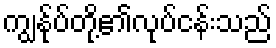
ကျွန်ုပ်တို့၏လုပ်ငန်းသည်